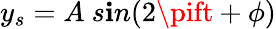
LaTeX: y_{s}=A\ s\mathbf{i}n(2\pift+\phi)